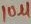
Text: 10µ